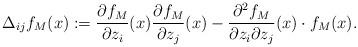
LaTeX: \begin{align*} \Delta_{ij} f_M(x) := \frac{\partial f_M}{\partial z_i}(x) \frac{\partial f_M}{\partial z_j}(x)-\frac{\partial^2 f_M}{\partial z_i \partial z_j}(x) \cdot f_M(x).\end{align*}